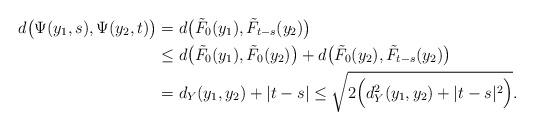
LaTeX: \begin{align*}d \big( \Psi(y_1,s),\Psi(y_2,t) \big)&= d \big( {\tilde{F}}_0(y_1),{\tilde{F}}_{t-s}(y_2) \big) \\&\le d \big( {\tilde{F}}_0(y_1),{\tilde{F}}_0(y_2) \big) +d \big( {\tilde{F}}_0(y_2),{\tilde{F}}_{t-s}(y_2) \big) \\&= d_Y(y_1,y_2) +|t-s| \le \sqrt{2 \Big( d_Y^2(y_1,y_2) +|t-s|^2 \Big)}.\end{align*}